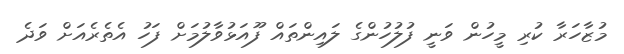
މުޒާހަރާ ކުރި މީހުން ވަނީ ފުލުހުންގެ ލައިންތައް ފޫއަޅުވާލުމަށް ފަހު އެތެރެއަށް ވަދެ